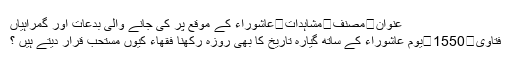
عنوان	مصنف	مشاہدات	عاشوراء كے موقع پر كى جانے والى بدعات اور گمراہياں
فتاوی	1550	يوم عاشوراء كے ساتھ گيارہ تاريخ كا بھى روزہ ركھنا فقھاء كيوں مستحب قرار ديتے ہيں ؟